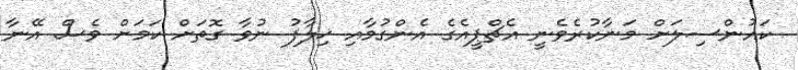
ކައުންސިލަށް މަނާކުރެވެނީ އެޗްޕީއެގެ އެންގުމާއި ޚިލާފު ނުވާ ގޮތަށް ކަމަށް ވެސް އޭނާ